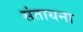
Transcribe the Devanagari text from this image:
संतायना